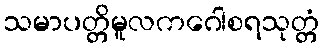
သမာပတ္တိမူလကဂေါစရသုတ္တံ